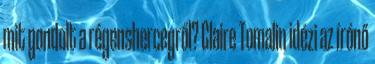
mit gondolt a régenshercegről? Claire Tomalin idézi az írónő